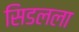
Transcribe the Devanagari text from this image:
सिडलला